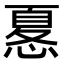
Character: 𢟜